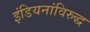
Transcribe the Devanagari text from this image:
इंडियनांविरुद्ध